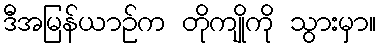
ဒီအမြန်ယာဉ်က တိုကျိုကို သွားမှာ။